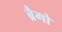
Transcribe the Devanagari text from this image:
ब्रैगो